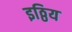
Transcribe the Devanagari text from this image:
इठ्ठिय